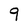
Character: 9